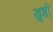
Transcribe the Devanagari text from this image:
खु़शी